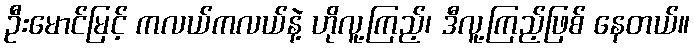
ဦးမောင်မြင့် ကလယ်ကလယ်နဲ့ ဟိုလူ့ကြည့်၊ ဒီလူ့ကြည့်ဖြစ် နေတယ်။